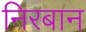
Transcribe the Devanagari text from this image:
निरबान